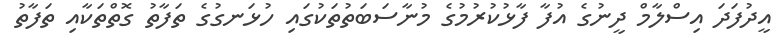
އީދުފަދަ އިސްލާމް ދީނުގެ އުފާ ފާޅުކުރުމުގެ މުނާސަބަތުތަކުގައި ހުޅަނގުގެ ތަފާތު ގޮތްތަކާއި ތަފާތު